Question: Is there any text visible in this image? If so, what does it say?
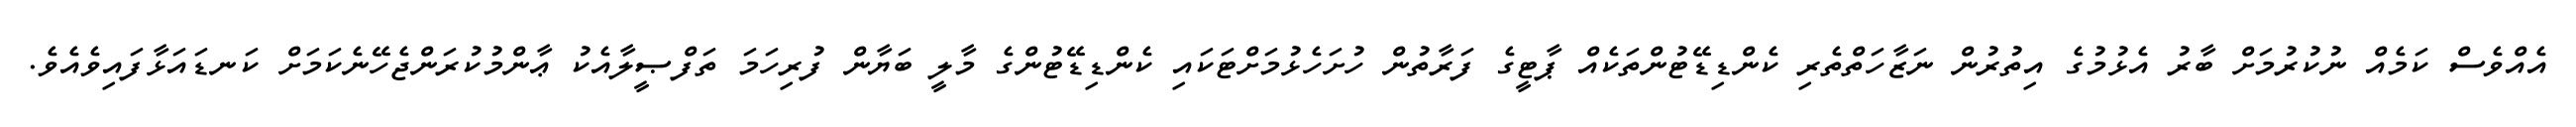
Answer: އެއްވެސް ކަމެއް ނުކުރުމަށް ބާރު އެޅުމުގެ އިތުރުން ނަޒާހަތްތެރި ކެންޑިޑޭޓުންތަކެއް ޕާޓީގެ ފަރާތުން ހުށަހެޅުމަށްޓަކައި ކެންޑިޑޭޓުންގެ މާލީ ބަޔާން ފުރިހަމަ ތަފްޞީލާއެކު ޢާންމުކުރަންޖެހޭނެކަމަށް ކަނޑައަޅާފައިވެއެވެ.